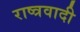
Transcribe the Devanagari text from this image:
राष्त्रवादी